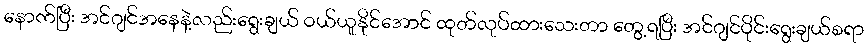
နောက်ပြီး အင်ဂျင်အနေနဲ့လည်းရွေးချယ် ဝယ်ယူနိုင်အောင် ထုတ်လုပ်ထားသေးတာ တွေ့ရပြီး အင်ဂျင်ပိုင်းရွေးချယ်စရာ